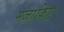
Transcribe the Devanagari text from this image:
मजाकिए